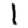
Digit: 1